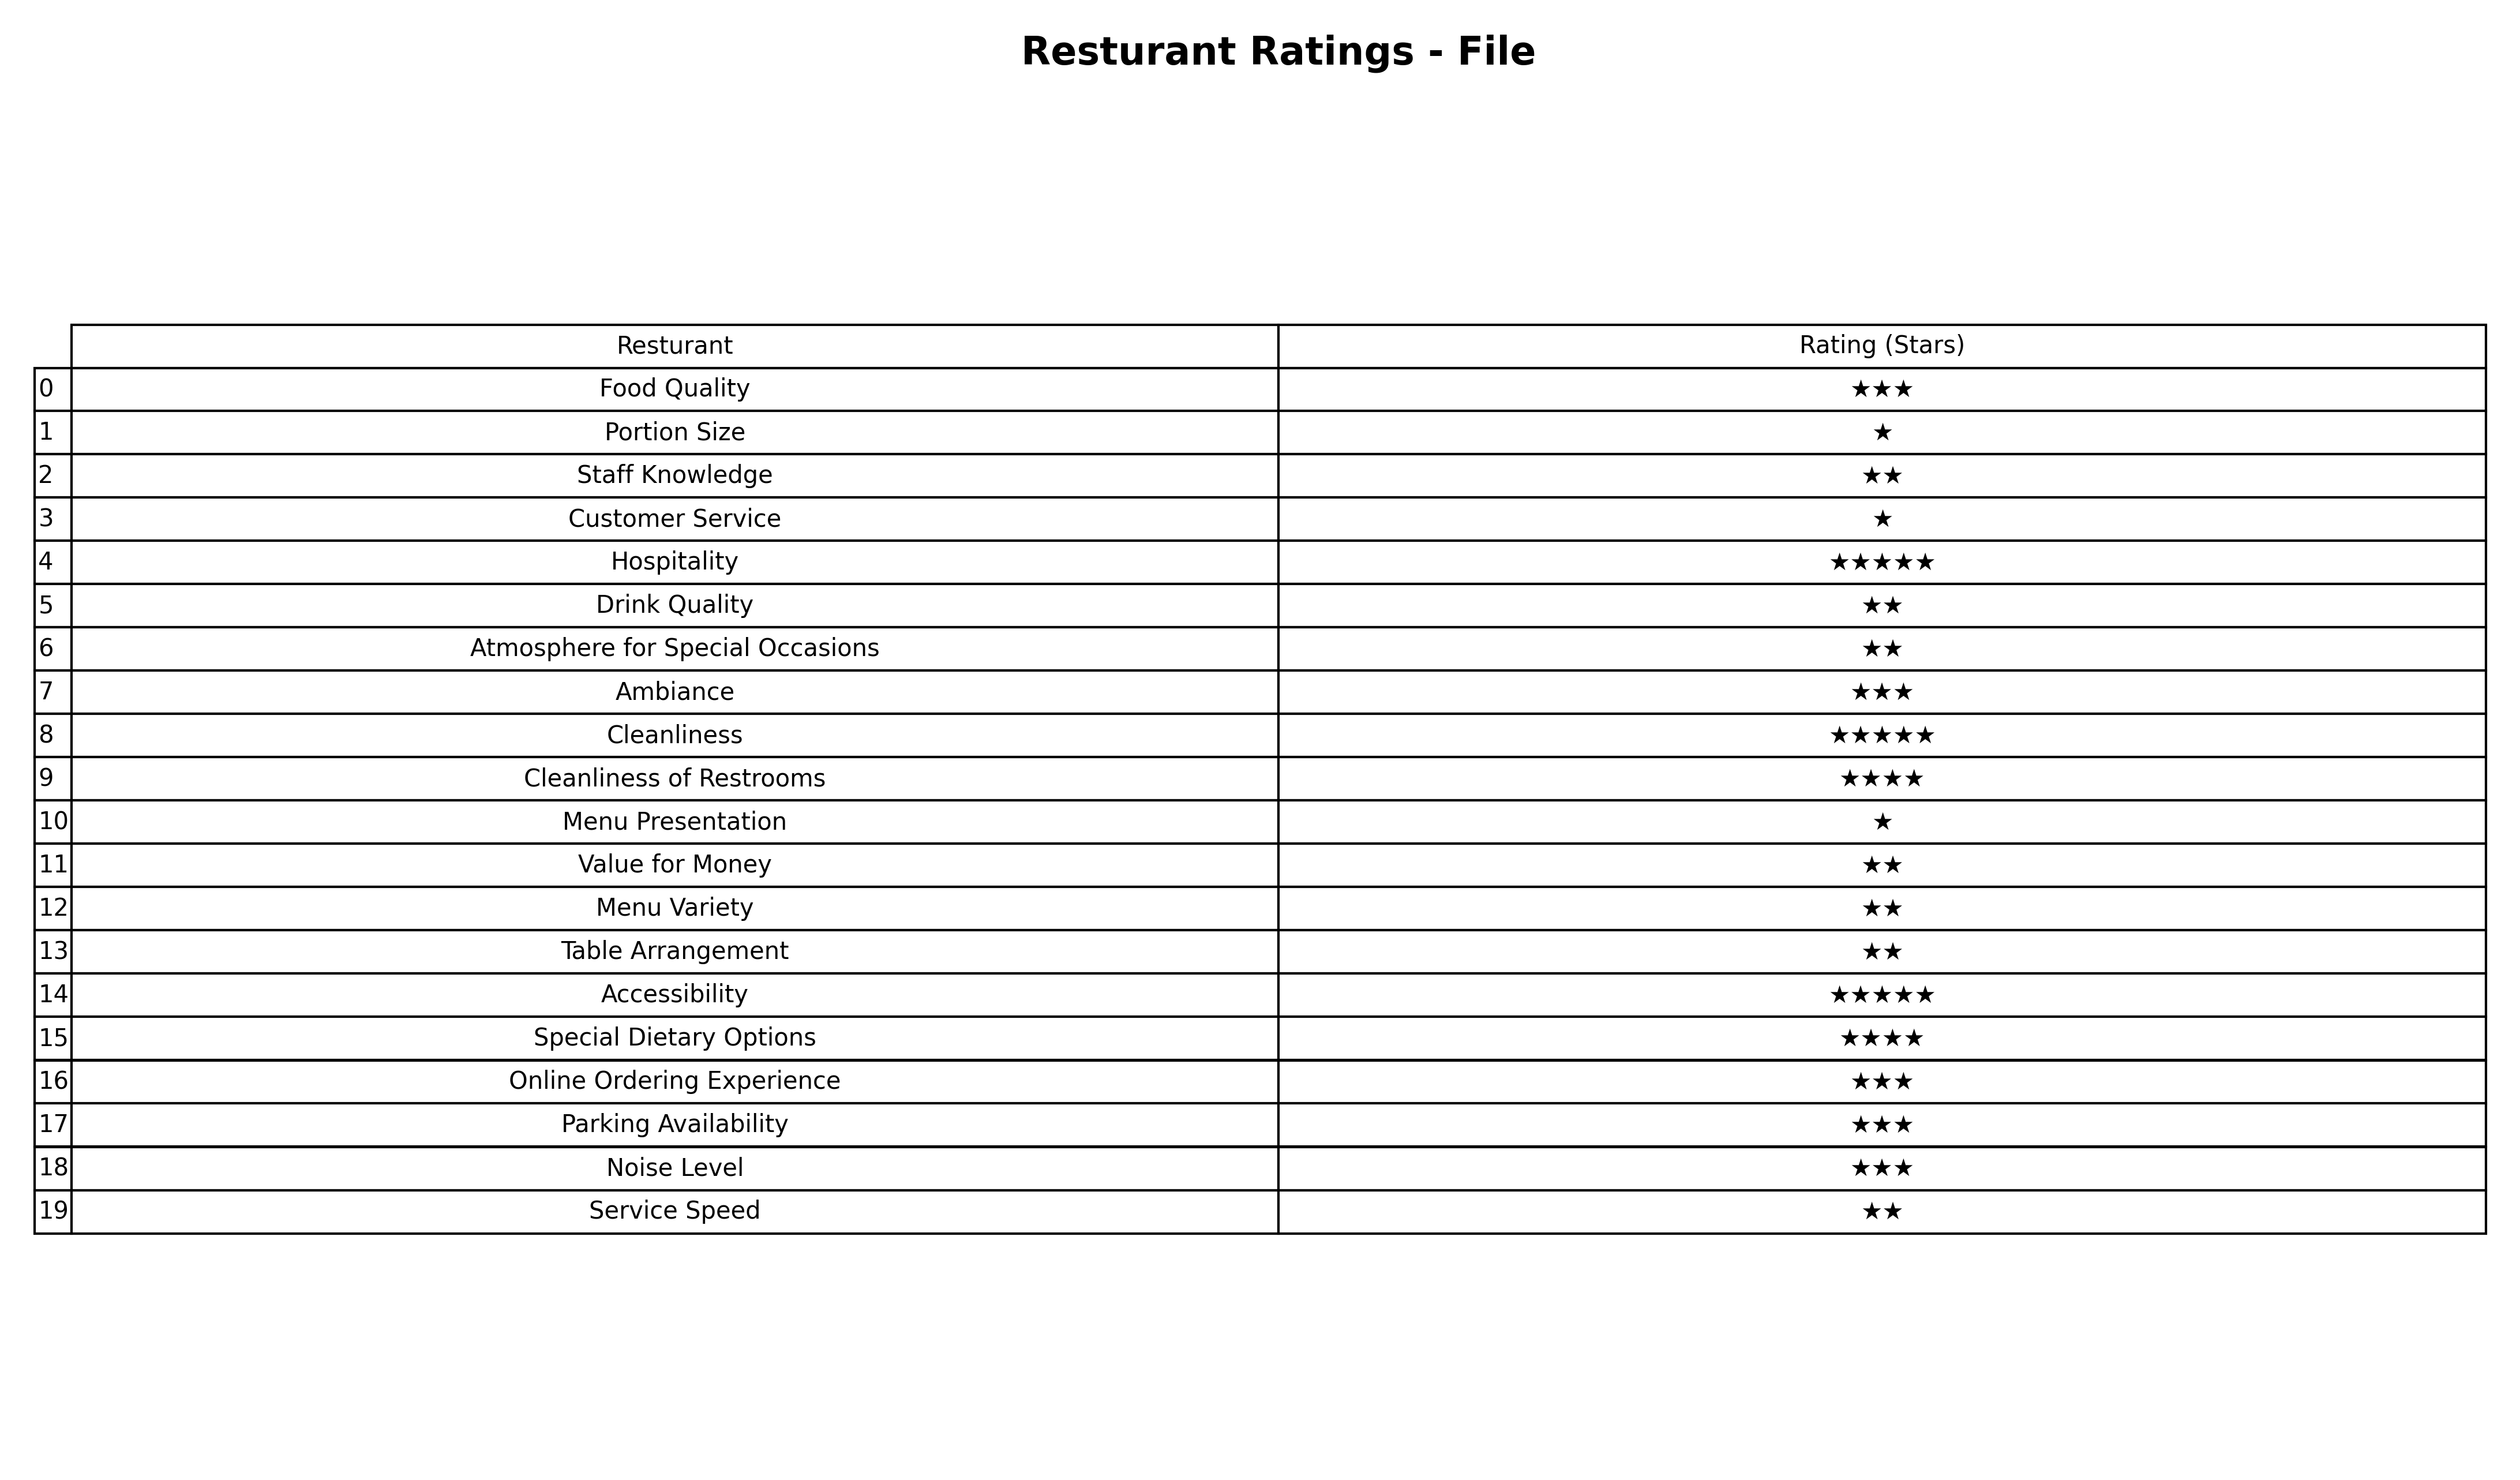
question: Which services are rated average?
answer: Food QualityAmbianceOnline Ordering ExperienceParking AvailabilityNoise Level